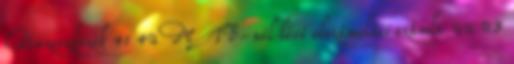
Pénzeszközök 41 42 MTB-nél lévő elszámolási számla 22 23